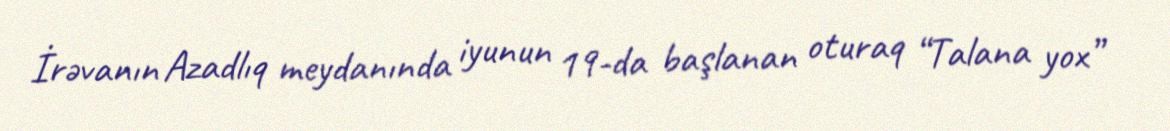
İrəvanın Azadlıq meydanında iyunun 19-da başlanan oturaq “Talana yox”